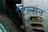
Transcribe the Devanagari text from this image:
टिल्सन